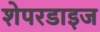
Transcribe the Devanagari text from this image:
शेपरडाइज